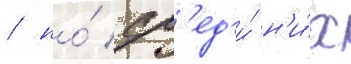
/ но́ ср'ед'и́ н'и́х